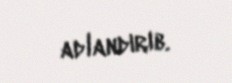
adlandırıb.